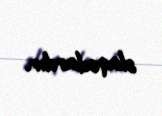
əlaqədardır.